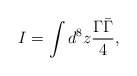
\begin{align*}I = \int d^8 z \frac{\Gamma \bar{\Gamma}}{4} ,\end{align*}